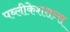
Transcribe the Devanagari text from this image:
पब्लीकेशसन्स